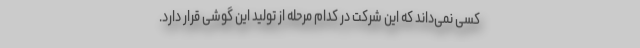
کسی نمی‌داند که این شرکت در کدام مرحله از تولید این گوشی قرار دارد.